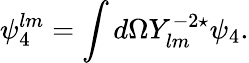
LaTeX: \psi_{4}^{lm}=\int d\Omega Y_{lm}^{-2\star}\psi_{4}.